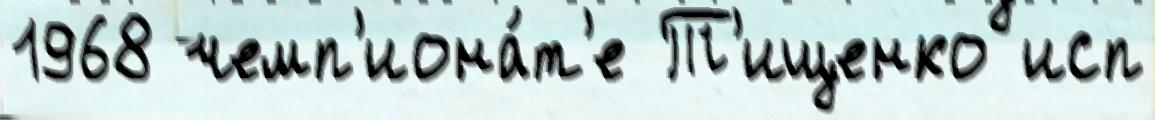
1968 чемп'иона́т'е Т'ищенко исп